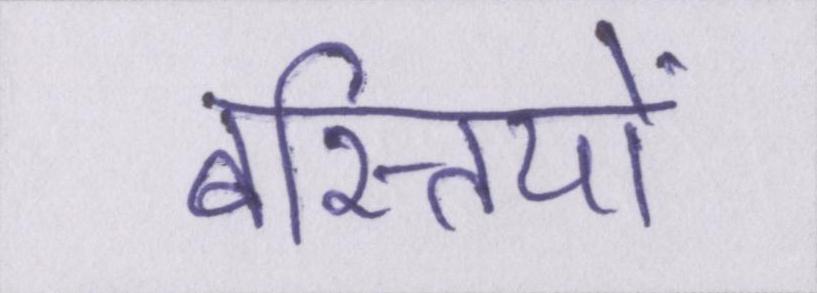
बस्तियों